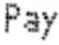
PAY